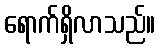
ရောက်ရှိလာသည်။